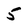
Character: 5